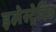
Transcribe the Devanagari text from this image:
इलेस्‍ट्रेटिड